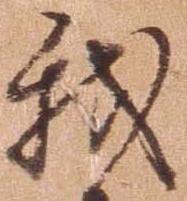
我